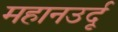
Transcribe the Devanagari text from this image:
महानउर्दू